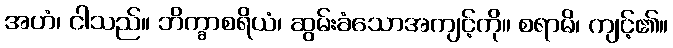
အဟံ၊ ငါသည်။ ဘိက္ခာစရိယံ၊ ဆွမ်းခံသောအကျင့်ကို။ စရာမိ၊ ကျင့်၏။